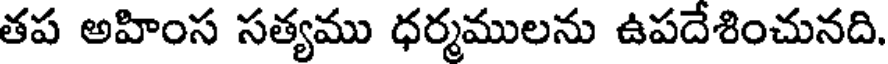
తప అహింస సత్యము ధర్మములను ఉపదేశించునది.